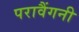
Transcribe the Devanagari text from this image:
परावैंगनी